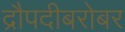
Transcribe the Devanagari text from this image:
द्रौपदीबरोबर